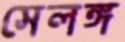
সেলঙ্গ